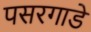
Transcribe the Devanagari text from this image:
पसरगाडे